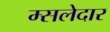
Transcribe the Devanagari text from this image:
म्सलेदार